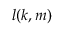
l ( k , m )